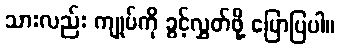
သားလည်း ကျုပ်ကို ခွင့်လွှတ်ဖို့ ပြောပြပါ။